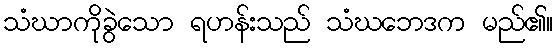
သံဃာကိုခွဲသော ရဟန်းသည် သံဃဘေဒက မည်၏။